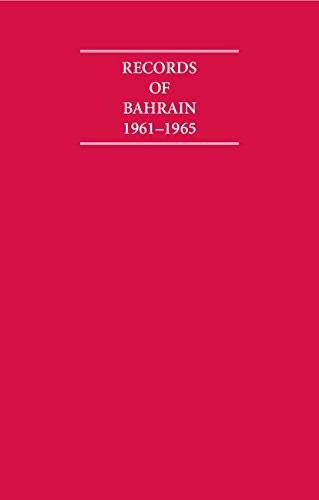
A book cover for Records of Bahrain 1961-1965 5 Volume Set (Cambridge Archive Editions); History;